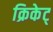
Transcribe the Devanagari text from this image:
क्रिकेट्